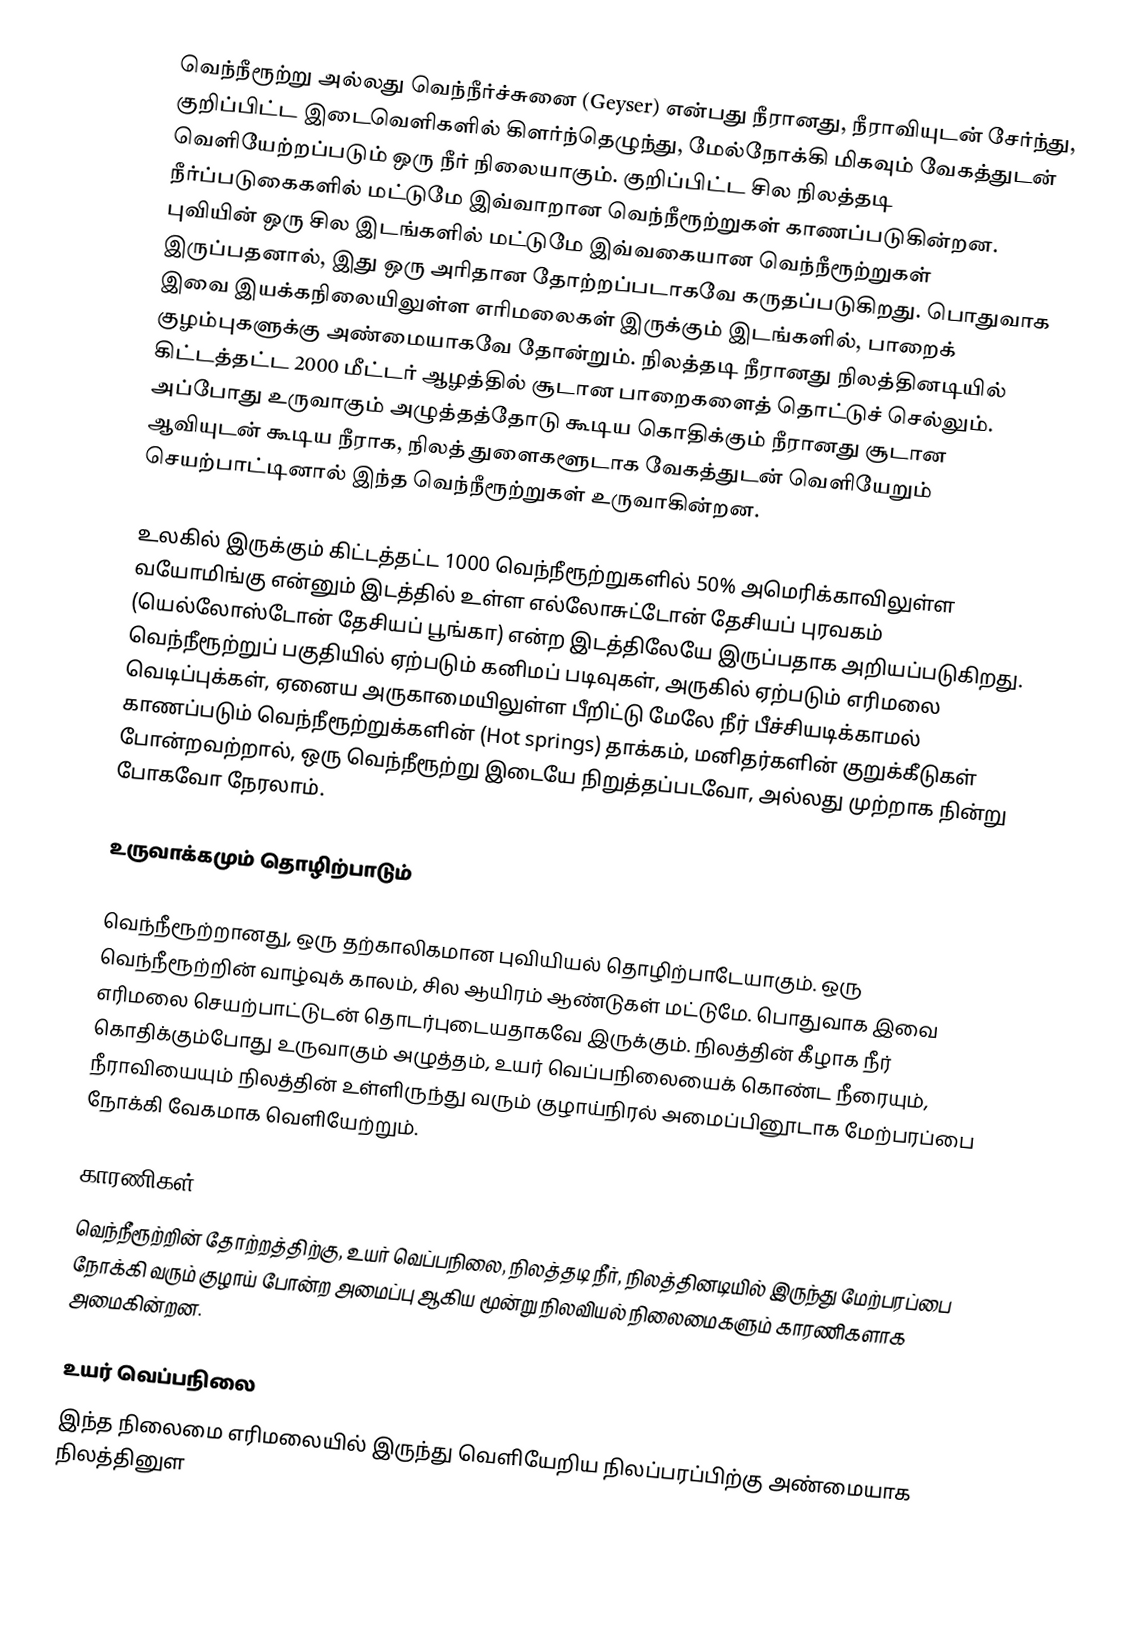
வெந்நீரூற்று அல்லது வெந்நீர்ச்சுனை (Geyser) என்பது நீரானது, நீராவியுடன் சேர்ந்து, குறிப்பிட்ட இடைவெளிகளில் கிளர்ந்தெழுந்து, மேல்நோக்கி மிகவும் வேகத்துடன் வெளியேற்றப்படும் ஒரு நீர் நிலையாகும். குறிப்பிட்ட சில நிலத்தடி நீர்ப்படுகைகளில் மட்டுமே இவ்வாறான வெந்நீரூற்றுகள் காணப்படுகின்றன. புவியின் ஒரு சில இடங்களில் மட்டுமே இவ்வகையான வெந்நீரூற்றுகள் இருப்பதனால், இது ஒரு அரிதான தோற்றப்படாகவே கருதப்படுகிறது. பொதுவாக இவை இயக்கநிலையிலுள்ள எரிமலைகள் இருக்கும் இடங்களில், பாறைக் குழம்புகளுக்கு அண்மையாகவே தோன்றும். நிலத்தடி நீரானது நிலத்தினடியில் கிட்டத்தட்ட 2000 மீட்டர் ஆழத்தில் சூடான பாறைகளைத் தொட்டுச் செல்லும். அப்போது உருவாகும் அழுத்தத்தோடு கூடிய கொதிக்கும் நீரானது சூடான ஆவியுடன் கூடிய நீராக, நிலத் துளைகளூடாக வேகத்துடன் வெளியேறும் செயற்பாட்டினால் இந்த வெந்நீரூற்றுகள் உருவாகின்றன.

உலகில் இருக்கும் கிட்டத்தட்ட 1000 வெந்நீரூற்றுகளில் 50% அமெரிக்காவிலுள்ள வயோமிங்கு என்னும் இடத்தில் உள்ள எல்லோசுட்டோன் தேசியப் புரவகம் (யெல்லோஸ்டோன் தேசியப் பூங்கா) என்ற இடத்திலேயே இருப்பதாக அறியப்படுகிறது. வெந்நீரூற்றுப் பகுதியில் ஏற்படும் கனிமப் படிவுகள், அருகில் ஏற்படும் எரிமலை வெடிப்புக்கள், ஏனைய அருகாமையிலுள்ள பீறிட்டு மேலே நீர் பீச்சியடிக்காமல் காணப்படும் வெந்நீரூற்றுக்களின் (Hot springs) தாக்கம், மனிதர்களின் குறுக்கீடுகள் போன்றவற்றால், ஒரு வெந்நீரூற்று இடையே நிறுத்தப்படவோ, அல்லது முற்றாக நின்று போகவோ நேரலாம்.

உருவாக்கமும் தொழிற்பாடும்

வெந்நீரூற்றானது, ஒரு தற்காலிகமான புவியியல் தொழிற்பாடேயாகும். ஒரு வெந்நீரூற்றின் வாழ்வுக் காலம், சில ஆயிரம் ஆண்டுகள் மட்டுமே. பொதுவாக இவை எரிமலை செயற்பாட்டுடன் தொடர்புடையதாகவே இருக்கும். நிலத்தின் கீழாக நீர் கொதிக்கும்போது உருவாகும் அழுத்தம், உயர் வெப்பநிலையைக் கொண்ட நீரையும், நீராவியையும் நிலத்தின் உள்ளிருந்து வரும் குழாய்நிரல் அமைப்பினூடாக மேற்பரப்பை நோக்கி வேகமாக வெளியேற்றும்.

காரணிகள்
வெந்நீரூற்றின் தோற்றத்திற்கு, உயர் வெப்பநிலை, நிலத்தடி நீர், நிலத்தினடியில் இருந்து மேற்பரப்பை நோக்கி வரும் குழாய் போன்ற அமைப்பு ஆகிய மூன்று நிலவியல் நிலைமைகளும் காரணிகளாக அமைகின்றன.

உயர் வெப்பநிலை
இந்த நிலைமை எரிமலையில் இருந்து வெளியேறிய நிலப்பரப்பிற்கு அண்மையாக நிலத்தினுள